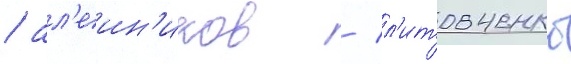
/ ал'еин'иков / л'итовченко